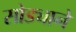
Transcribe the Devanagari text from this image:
सोड्याने